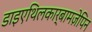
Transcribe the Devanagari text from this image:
डाइएथिलकार्बामज़ेपिन